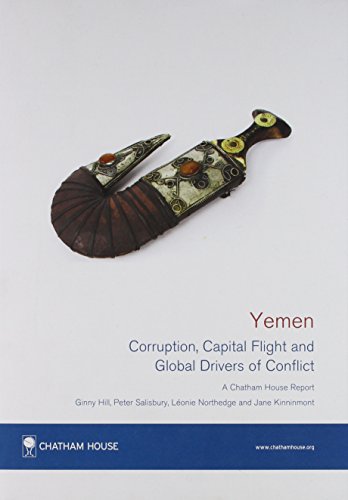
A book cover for Yemen: Corruption, Capital Flight and Global Drivers of Conflict (Chatham House Report); Ginny Hill; History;